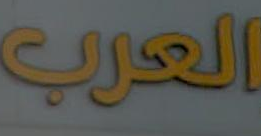
العرب